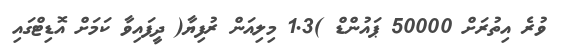
ވުރެ އިތުރަށް 50000 ޕައުންޑް )1.3 މިލިއަން ރުފިޔާ( ދީފައިވާ ކަމަށް އޮޑިޓްގައި